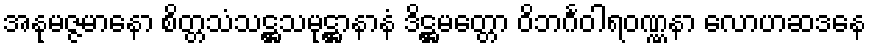
အနုမဇ္ဇမာနော စိတ္တသံသဋ္ဌသမုဋ္ဌာနာနံ ဒိဋ္ဌမတ္တော ဝိဘင်္ဂဝါရဝဏ္ဏနာ လောဟဆဒနေ